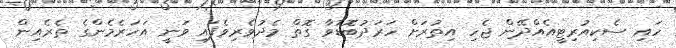
ހައި ސެކިއުރިޓީއެއްދޭން ޖެހި އިތުރަށް ހަރަދުބޮޑުވާ ގޮތް މެދުވެރިވެފައި ވަނީ އަހަރެމެންގެ ތެރެއިން